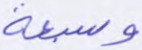
وسبعة